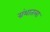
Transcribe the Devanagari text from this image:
ग्रंथातला